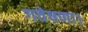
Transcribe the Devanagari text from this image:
गवेषणा।